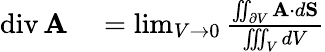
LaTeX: \begin{array}{rl}{\operatorname{div}\mathbf{A}}&{{}=\operatorname*{lim}_{V\to 0}{\frac{\iint_{\partial V}\mathbf{A}\cdot d\mathbf{S}}{\iiint_{V}dV}}}\end{array}